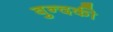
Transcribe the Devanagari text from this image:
बुन्दकी